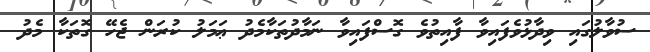
ސުވާލުގައި ވިދާޅުވެފައިވާ ފާއިތުވެ ގޮސްފައިވާ ނަމާދުތަކާމެދު ޢަމަލު ކުރަން ޖެހޭ ގޮތަކާ މެދު